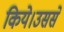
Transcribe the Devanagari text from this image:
किये।उससे